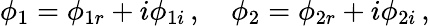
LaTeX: \phi_{1}=\phi_{1r}+i\phi_{1i}\, ,~~~~\phi_{2}=\phi_{2r}+i\phi_{2i}\, ,